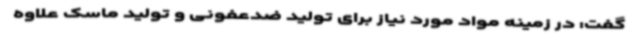
گفت: در زمینه مواد مورد نیاز برای تولید ضدعفونی و تولید ماسک علاوه